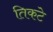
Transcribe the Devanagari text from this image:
तिकटे